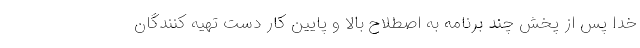
خدا پس از پخش چند برنامه به اصطلاح بالا و پایین کار دست تهیه کنندگان